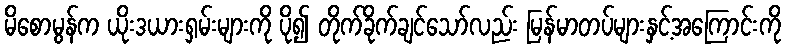
မိစောမွန်က ယိုးဒယားရှမ်းများကို ပို၍ တိုက်ခိုက်ချင်သော်လည်း မြန်မာတပ်များနှင့်အကြောင်းကို